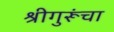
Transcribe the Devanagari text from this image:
श्रीगुरूंचा